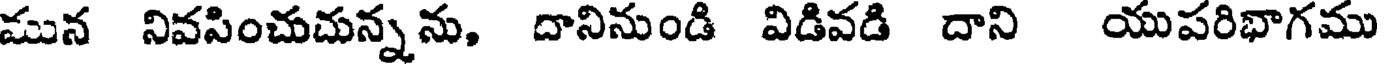
మున నివసించుచున్నను, దానినుండి విడివడి దాని యుపరిభాగము